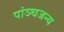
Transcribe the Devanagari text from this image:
पांञ्चजन्य